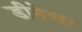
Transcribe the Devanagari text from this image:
डीनेचर